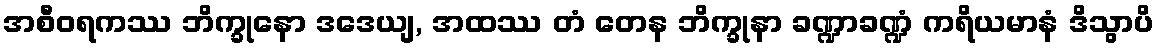
အစီဝရကဿ ဘိက္ခုနော ဒဒေယျ, အထဿ တံ တေန ဘိက္ခုနာ ခဏ္ဍာခဏ္ဍံ ကရိယမာနံ ဒိသွာပိ